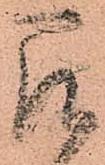
召